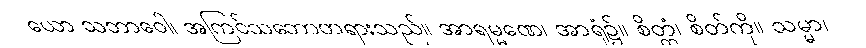
ယော သဘာဝေါ၊ အကြင်သဘောတရားသည်။ အာရမ္မဏေ၊ အာရုံ၌။ စိတ္တံ၊ စိတ်ကို။ သမ္မာ၊